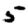
Digit: 5